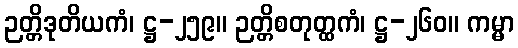
ဉတ္တိဒုတိယကံ၊ ဋ္ဌ-၂၅၉။ ဉတ္တိစတုတ္ထကံ၊ ဋ္ဌ-၂၆၀။ ကမ္မာ